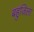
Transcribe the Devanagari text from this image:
बहुजिला